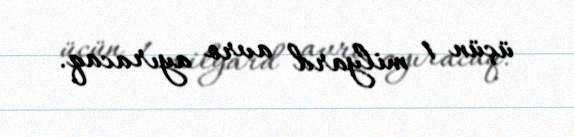
üçün 1 milyard avro ayıracaq.